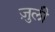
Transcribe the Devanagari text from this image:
ज़ुली